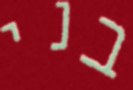
בני